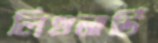
লিওনার্ডি